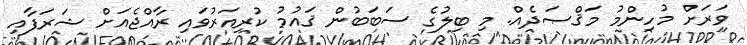
ވަރަށް މުހިންމު މަޤްޞަދެއް. މި ބިލުގެ ސަބަބުން ޤައުމު ކުރިއަރުވައި ރާއްޖެއަށް ޝަރަފާއި